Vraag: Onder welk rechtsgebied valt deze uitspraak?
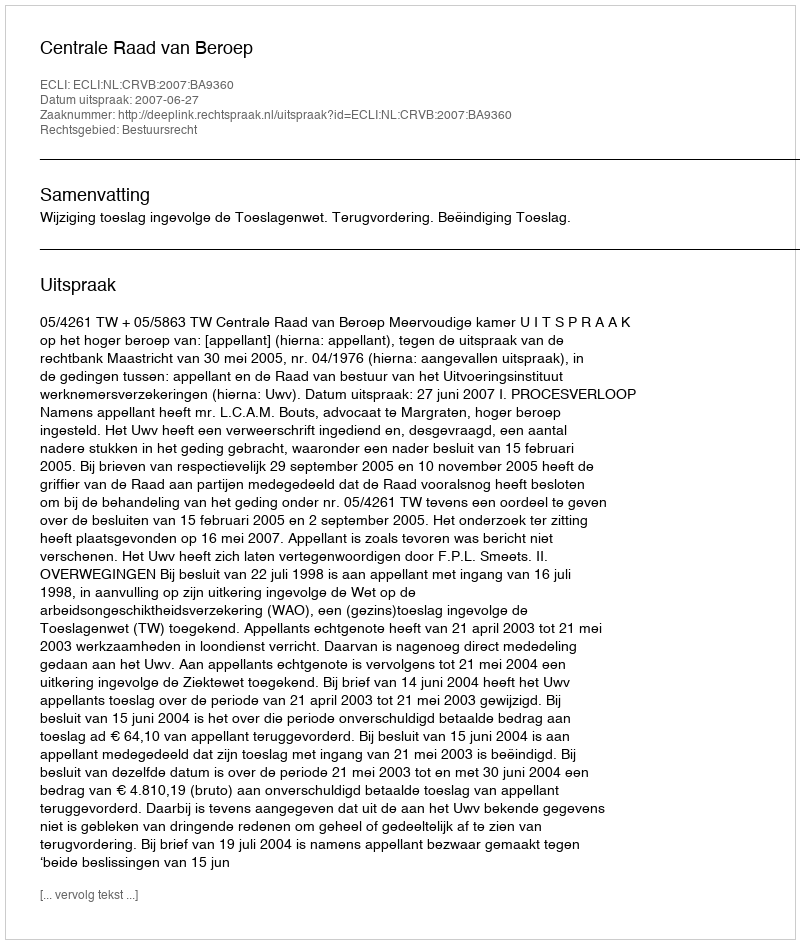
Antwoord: Bestuursrecht